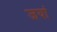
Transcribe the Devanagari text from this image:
जयां